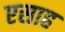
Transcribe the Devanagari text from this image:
एसाह